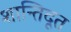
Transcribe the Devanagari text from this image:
शान्तिदूत